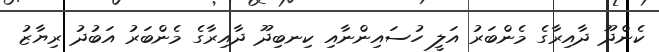
ކެންދޫ ދާއިރާގެ މެންބަރު އަލީ ހުސައިންނާއި ކިނބިދޫ ދާއިރާގެ މެންބަރު އަބުދު ރިޔާޒު